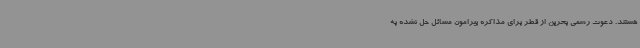
هستند. دعوت رسمی بحرین از قطر برای مذاکره پیرامون مسائل حل نشده به